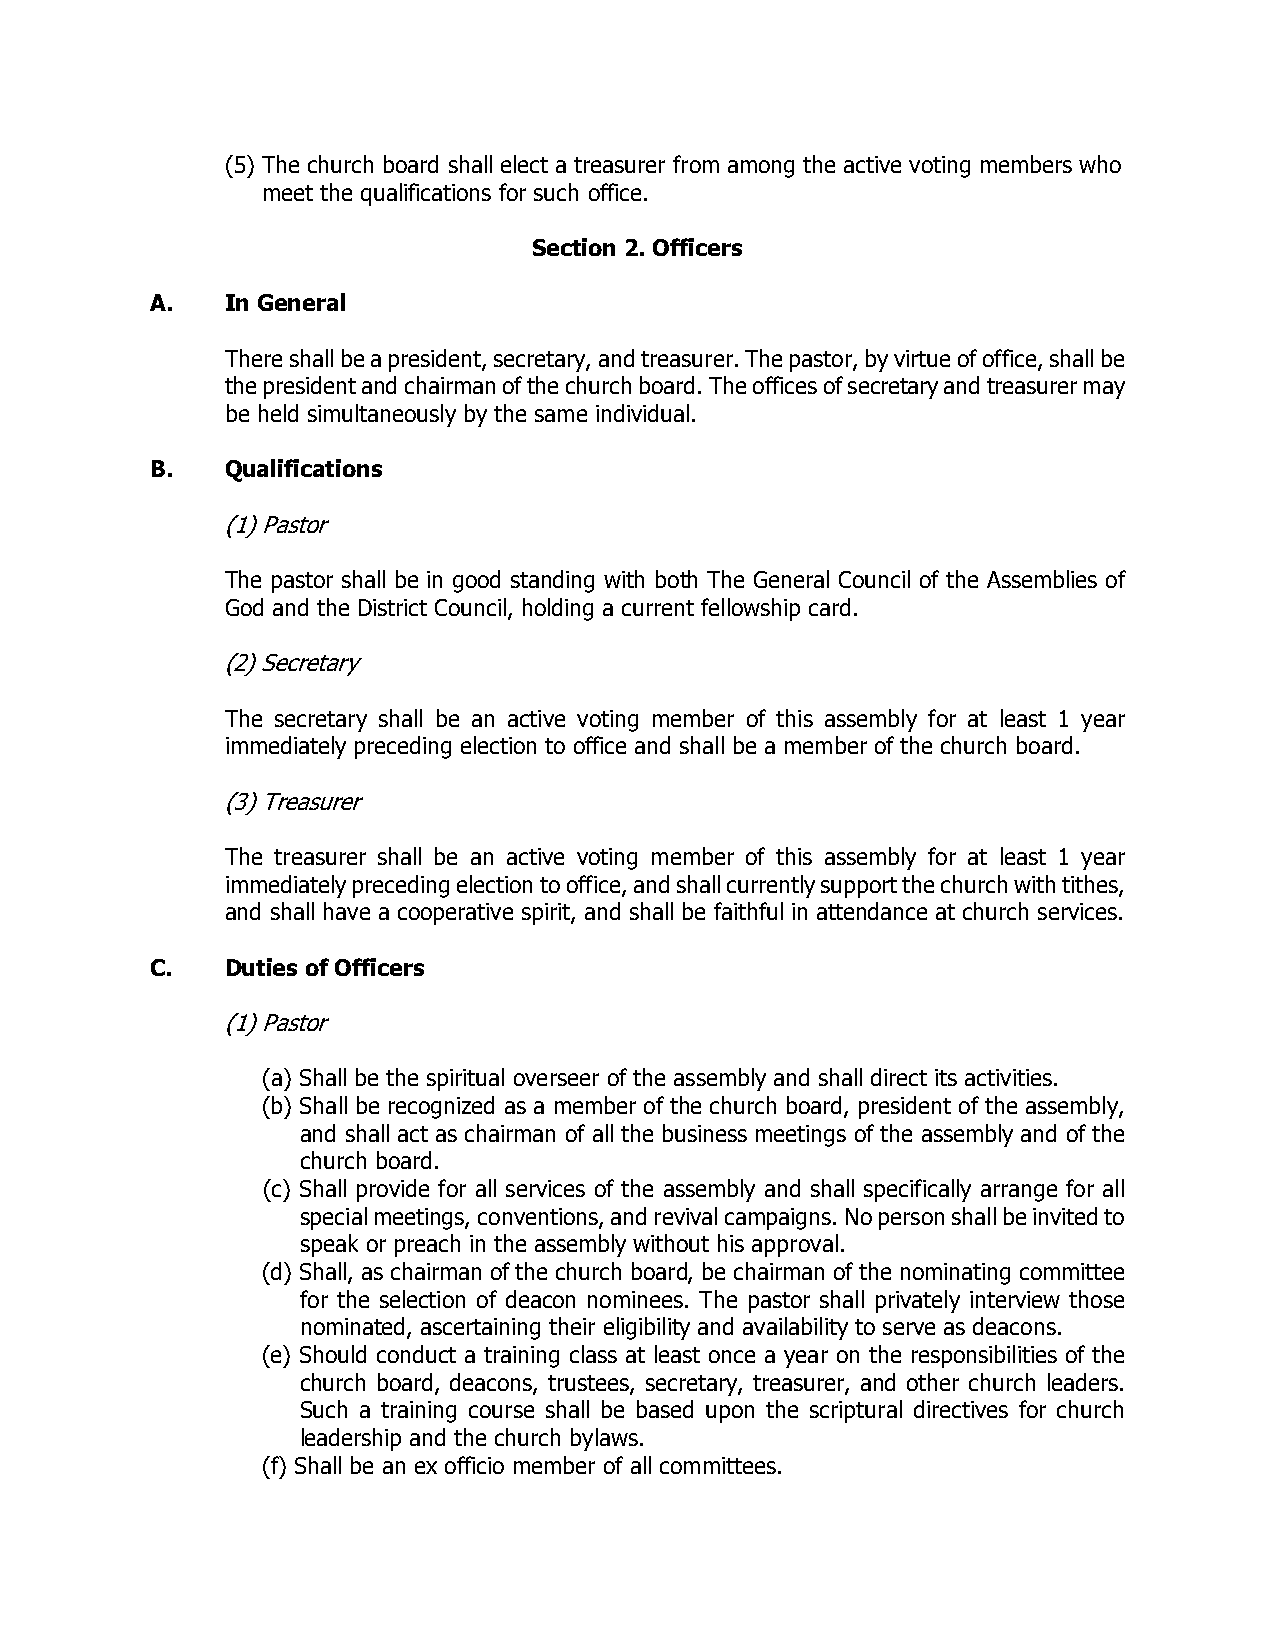
(5) The church board shall elect a treasurer from among the active voting members who
 meet the qualifications for such office.
 Section 2. Officers
 A.   In General
 There shall be a president, secretary, and treasurer. The pastor, by virtue of office, shall be
 the president and chairman of the church board. The offices of secretary and treasurer may
 be held simultaneously by the same individual.
 B.   Qualifications
 (1) Pastor
 The pastor shall be in good standing with both The General Council of the Assemblies of
 God and the District Council, holding a current fellowship card.
 (2) Secretary
 The secretary shall be an active voting member of this assembly for at least 1 year
 immediately preceding election to office and shall be a member of the church board.
 (3) Treasurer
 The treasurer shall be an active voting member of this assembly for at least 1 year
 immediately preceding election to office, and shall currently support the church with tithes,
 and shall have a cooperative spirit, and shall be faithful in attendance at church services.
 C.   Duties of Officers
 (1) Pastor
 (a) Shall be the spiritual overseer of the assembly and shall direct its activities.
 (b) Shall be recognized as a member of the church board, president of the assembly,
 and shall act as chairman of all the business meetings of the assembly and of the
 church board.
 (c) Shall provide for all services of the assembly and shall specifically arrange for all
 special meetings, conventions, and revival campaigns. No person shall be invited to
 speak or preach in the assembly without his approval.
 (d) Shall, as chairman of the church board, be chairman of the nominating committee
 for the selection of deacon nominees. The pastor shall privately interview those
 nominated, ascertaining their eligibility and availability to serve as deacons.
 (e) Should conduct a training class at least once a year on the responsibilities of the
 church board, deacons, trustees, secretary, treasurer, and other church leaders.
 Such a training course shall be based upon the scriptural directives for church
 leadership and the church bylaws.
 (f) Shall be an ex officio member of all committees.